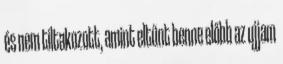
és nem tiltakozott, amint eltűnt benne előbb az ujjam